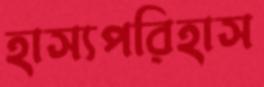
হাস্যপরিহাস